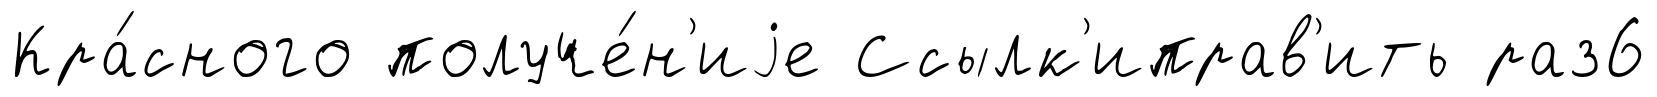
Кра́сного получе́н'иjе Ссылк'иправ'ить раз6